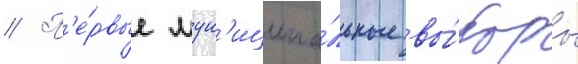
// П'е́рвые мун'иципа́льные вы́боры